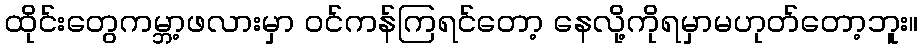
ထိုင်းတွေကမ္ဘာ့ဖလားမှာ ဝင်ကန်ကြရင်တော့ နေလို့ကိုရမှာမဟုတ်တော့ဘူး။